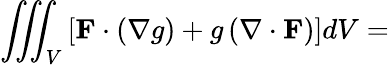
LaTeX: \iiint_{V}\left[\mathbf{F}\cdot\left(\nabla g\right)+g\left(\nabla\cdot\mathbf{F}\right)\right]dV=